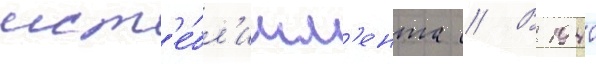
ист'е́бл'ишм'ента // В 1940